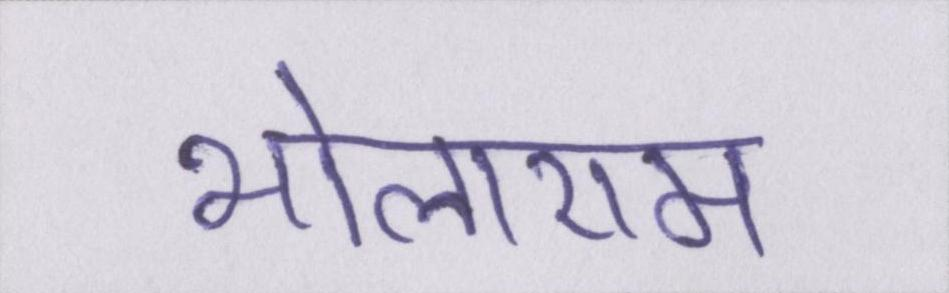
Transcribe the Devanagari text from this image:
भोलाराम